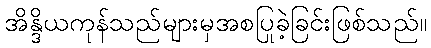
အိန္ဒိယကုန်သည်များမှအစပြုခဲ့ခြင်းဖြစ်သည်။